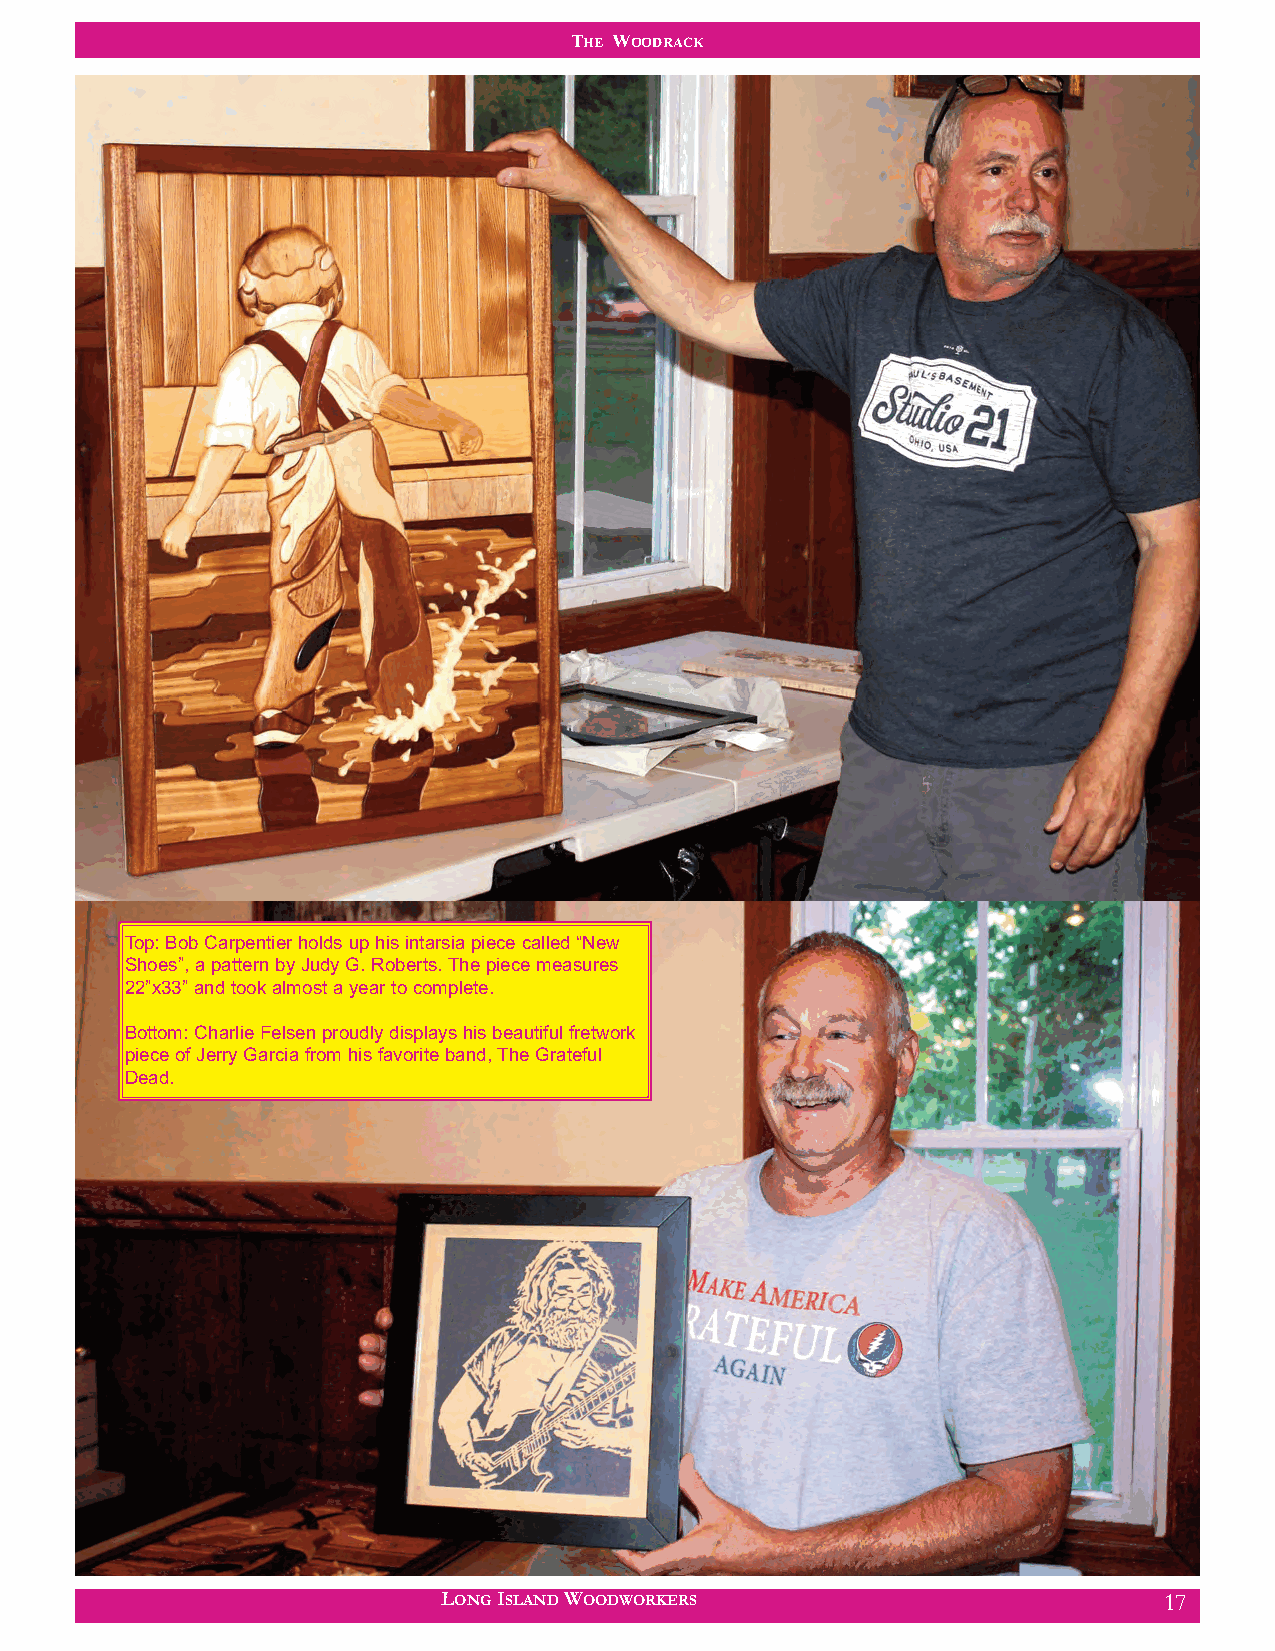
THE WOODRACK
 Top: Bob Carpentier holds up his intarsia piece called “New
 Shoes”, a pattern by Judy G. Roberts. The piece measures
 22”x33” and took almost a year to complete.
 Bottom: Charlie Felsen proudly displays his beautiful fretwork
 piece of Jerry Garcia from his favorite band, The Grateful
 Dead.
 LONG ISLAND WOODWORKERS                         17